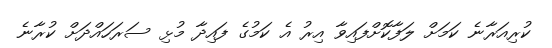
ކުރިއަރާނެ ކަމަށް ލަފާކޮށްފައިވާ އިރު އެ ކަމުގެ ފައިދާ މުޅި ސަރަހައްދަށް ކުރާނެ